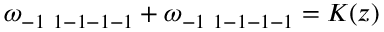
\omega _ { - 1 \ 1 - 1 - 1 - 1 } + \omega _ { - 1 \ 1 - 1 - 1 - 1 } = K ( z )